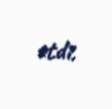
etdi.